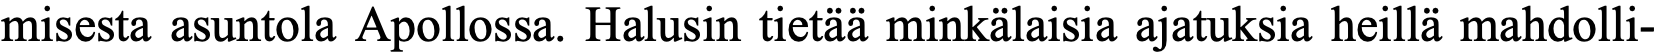
misesta asuntola Apollossa. Halusin tietää minkälaisia ajatuksia heillä mahdolli-